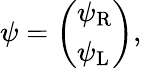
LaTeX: \psi={\left(\begin{array}{l}{\psi_{\mathrm{{R}}}}\\ {\psi_{\mathrm{{L}}}}\end{array}\right)},